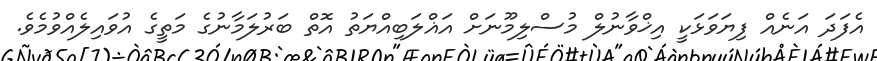
އެފަދަ އަނެއް ފިޔަވަޅަކީ އިޚްވާނުލް މުސްލިމޫނަށް އަޣްލަބިއްޔަތު އޮތް ބަރުލަމާނުގެ މަތީގެ އުވައިލެއްވުމެވެ.